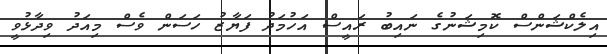
އިލެކްޝަންސް ކޮމިޝަނުގެ ނައިބު ރައީސް އަހުމަދު ފަޔާޒު ހަސަން ވެސް މިއަދު ވިދާޅުވީ